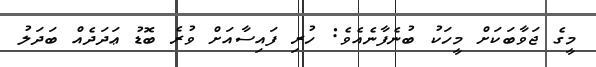
މީގެ ޖަވާބަކަށް މީހަކު ބުނެފާނެއެވެ: ހުރި ފައިސާއަށް ވުރެ ބޮޑު ޢަދަދެއް ބަދަލު